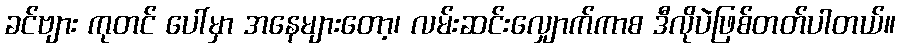
ခင်ဗျား ကုတင် ပေါ်မှာ အနေများတော့၊ လမ်းဆင်းလျှောက်ကာစ ဒီလိုပဲဖြစ်တတ်ပါတယ်။